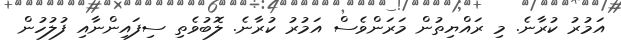
އަމުރު ކުރާނެ. މި ރައްޔިތުން މަރަންވެސް އަމުރު ކުރާނެ. ލޮބުވެތި ސިފައިންނާއި ފުލުހުން